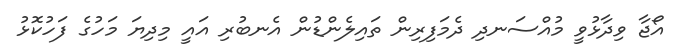
އޯޖާ ވިދާޅުވީ މުއްސަނދި ދެމަފިރިން ތައިލެންޑުން އެނބުރި އައީ މިދިޔަ މަހުގެ ފަހުކޮޅު